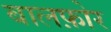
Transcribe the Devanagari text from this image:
बालफ़ोर